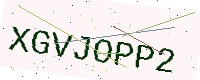
Text: XGVJOPP2